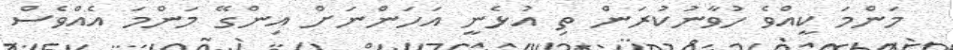
މަންމަ ކީއްވެ ހުވާނުކުރަން ތި އުޅެނީ އަހަންނަށް އިންގޭ މަންމަ އެއްވެސް